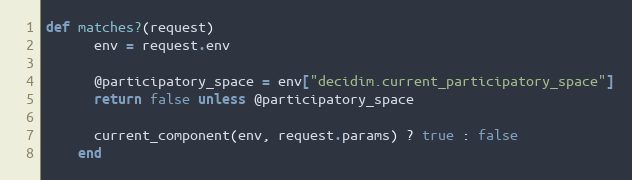
Language: Ruby
def matches?(request)
      env = request.env

      @participatory_space = env["decidim.current_participatory_space"]
      return false unless @participatory_space

      current_component(env, request.params) ? true : false
    end